Notes on the propagation and cultivation of the medicinal cinchonas, or Peruvian bark trees
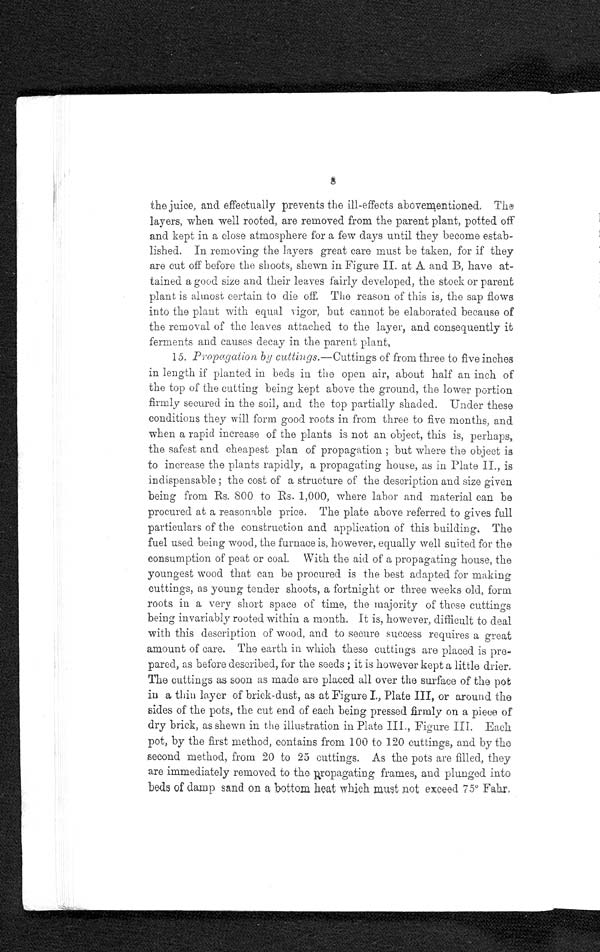
8
the juice, and effectually prevents the ill-effects abovementioned. The
layers, when well rooted, are removed from the parent plant, potted off
and kept in a close atmosphere for a few days until they become estab-
lished. In removing the layers great care must be taken, for if they
are cut off before the shoots, shewn in Figure II. at A and B, have at-
tained a good size and their leaves fairly developed, the stock or parent
plant is almost certain to die off. The reason of this is, the sap flows
into the plant with equal vigor, but cannot be elaborated because of
the removal of the leaves attached to the layer, and consequently it
ferments and causes decay in the parent plant,
15. Propagation by cuttings .—Cuttings of from three to five inches
in length if planted in beds in the open air, about half an inch of
the top of the cutting being kept above the ground, the lower portion
firmly secured in the soil, and the top partially shaded. Under these
conditions they will form good roots in from three to five months, and
when a rapid increase of the plants is not an object, this is, perhaps,
the safest and cheapest plan of propagation ; but where the object is
to increase the plants rapidly, a propagating house, as in Plate II., is
indispensable ; the cost of a structure of the description and size given
being from Rs. 800 to Rs. 1,000, where labor and material can be
procured at a reasonable price. The plate above referred to gives full
particulars of the construction and application of this building. The
fuel used being wood, the furnace is, however, equally well suited for the
consumption of peat or coal. With. the aid of a propagating house, the
youngest wood that can be procured is the best adapted for making
cuttings, as young tender shoots, a fortnight or three weeks old, form
roots in a very short space of time, the majority of these cuttings
being invariably rooted within a month. It is, however, difficult to deal
with this description of wood, and to secure success requires a great
amount of care. The earth in which these cuttings are placed is pre-
pared, as before described, for the seeds ; it is however kept a little drier.
The cuttings as soon as made are placed all over the surface of the pot
in a thin layer of brick-dust, as at Figure I., Plate III, or around the
sides of the pots, the cut end of each being pressed firmly on a piece of
dry brick, as shewn in the illustration in Plate III., Figure III. Each
pot, by the first method, contains from 100 to 120 cuttings, and by the
second method, from 20 to 25 cuttings. As the pots are filled, they
are immediately removed to the propagating frames, and plunged into
beds of damp sand on a bottom heat which must not exceed 75° Fahr.